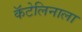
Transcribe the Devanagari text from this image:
कॅटेलिनाला